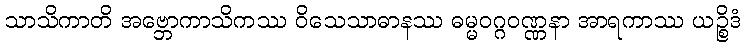
သာသိကာတိ အဗ္ဘောကာသိကဿ ဝိသေသာဓာနဿ ဓမ္မဝဂ္ဂဝဏ္ဏနာ အာရကာဿ ယဉ္စိဒံ